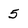
Character: 5